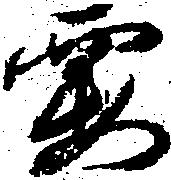
要